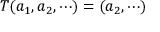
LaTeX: T ( a _ { 1 } , a _ { 2 } , \cdots ) = ( a _ { 2 } , \cdots )